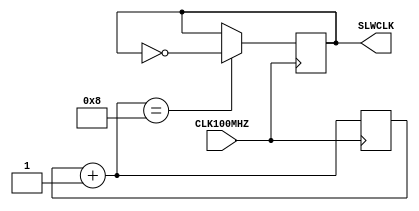
module CTRL_CLK(
input CLK100MHZ,
output reg SLWCLK

);

reg [3:0] CTR;

initial CTR = 4'h0;
initial SLWCLK = 1'b0;

always@(posedge CLK100MHZ) begin
    CTR = CTR + 4'h1;
    if(CTR == 4'h8) SLWCLK = ~SLWCLK;

end

endmodule